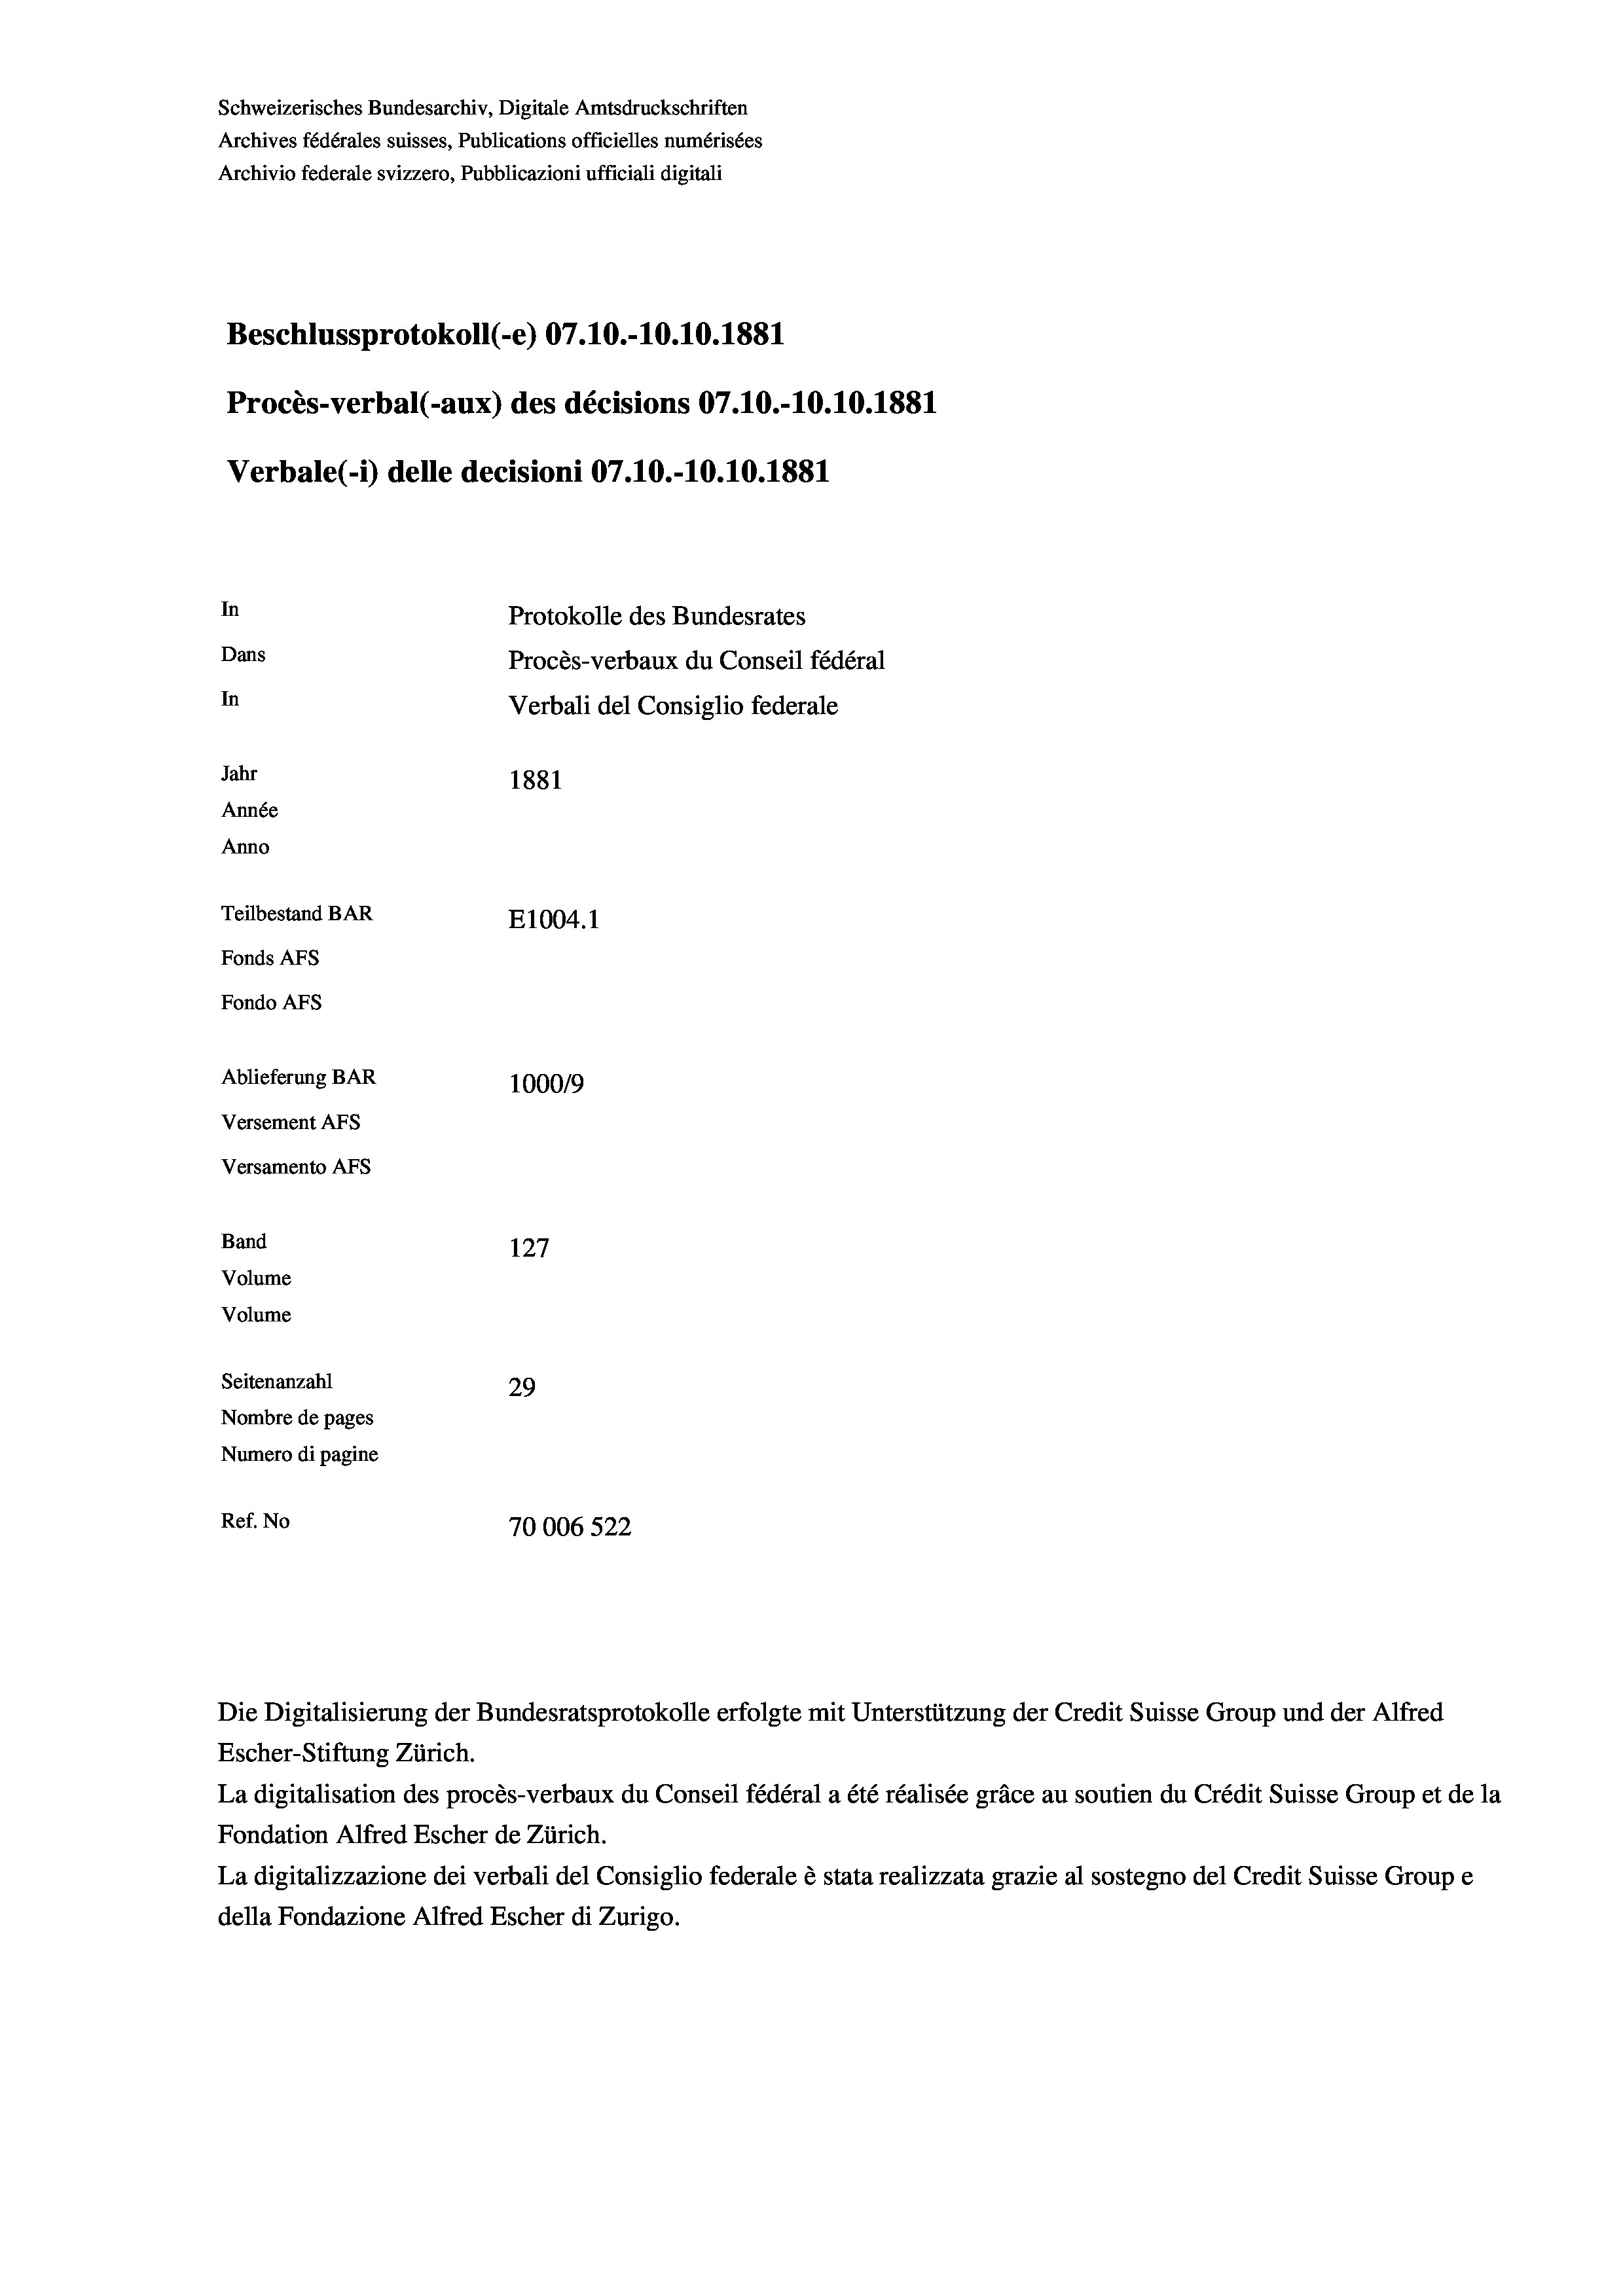
Schweizerisches Bundesarchiv, Digitale Amtsdruckschriften
Archives fédérales suisses, Publications officielles numérisées
Archivio federale svizzero, Pubblicazioni ufficiali digitali
Beschlussprotokoll (-e) 07.10.-10.10.1881
Procès-verbal (-aux) des décisions 07.10.-10.10.1881
Verbale (- 1) delle decisioni 07.10.-10.10.1881
In
Protokolle des Bundesrates
Dans
Procès-verbaux du Conseil fédéral
In
Verbali del Consiglio federale
Jahr
1881
Année
Anno
Teilbestand BAR
E1004.1
Fonds AFs
Fondo AFS
Ablieferung BAR
100019
Versement AFs
Versamento AFs
Band
127
Volume
Volume

Seitenanzahl
29
Nombre de pages
Numero di pagine
Ref. No
70006522

Die Digitalisierung der Bundesratsprotokolle erfolgte mit Unterstützung der Credit Suisse Group und der Alfred
Escher-Stiftung Zürich.
La digitalisation des procès-verbaux du Conseil fédéral a été réalisée gräce au soutien du Crédit Suisse Group et de la
Fondation Alfred Escher de Zürich.
La digitalizzazione dei verbali del Consiglio federale è stata realizzata grazie al sostegno del Credit Suisse Groupe
della Fondazione Alfred Escher di Zurigo.